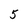
Character: 5